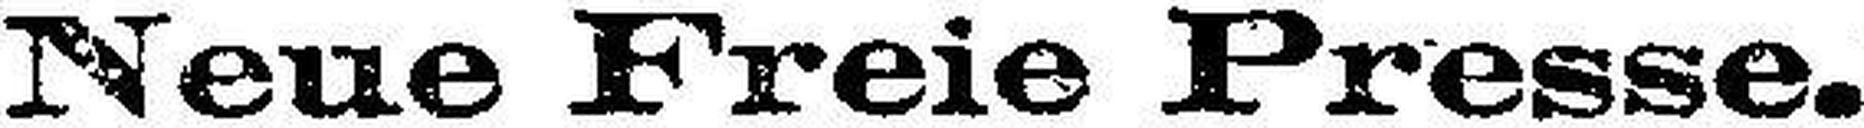
Neue Freie Presse.